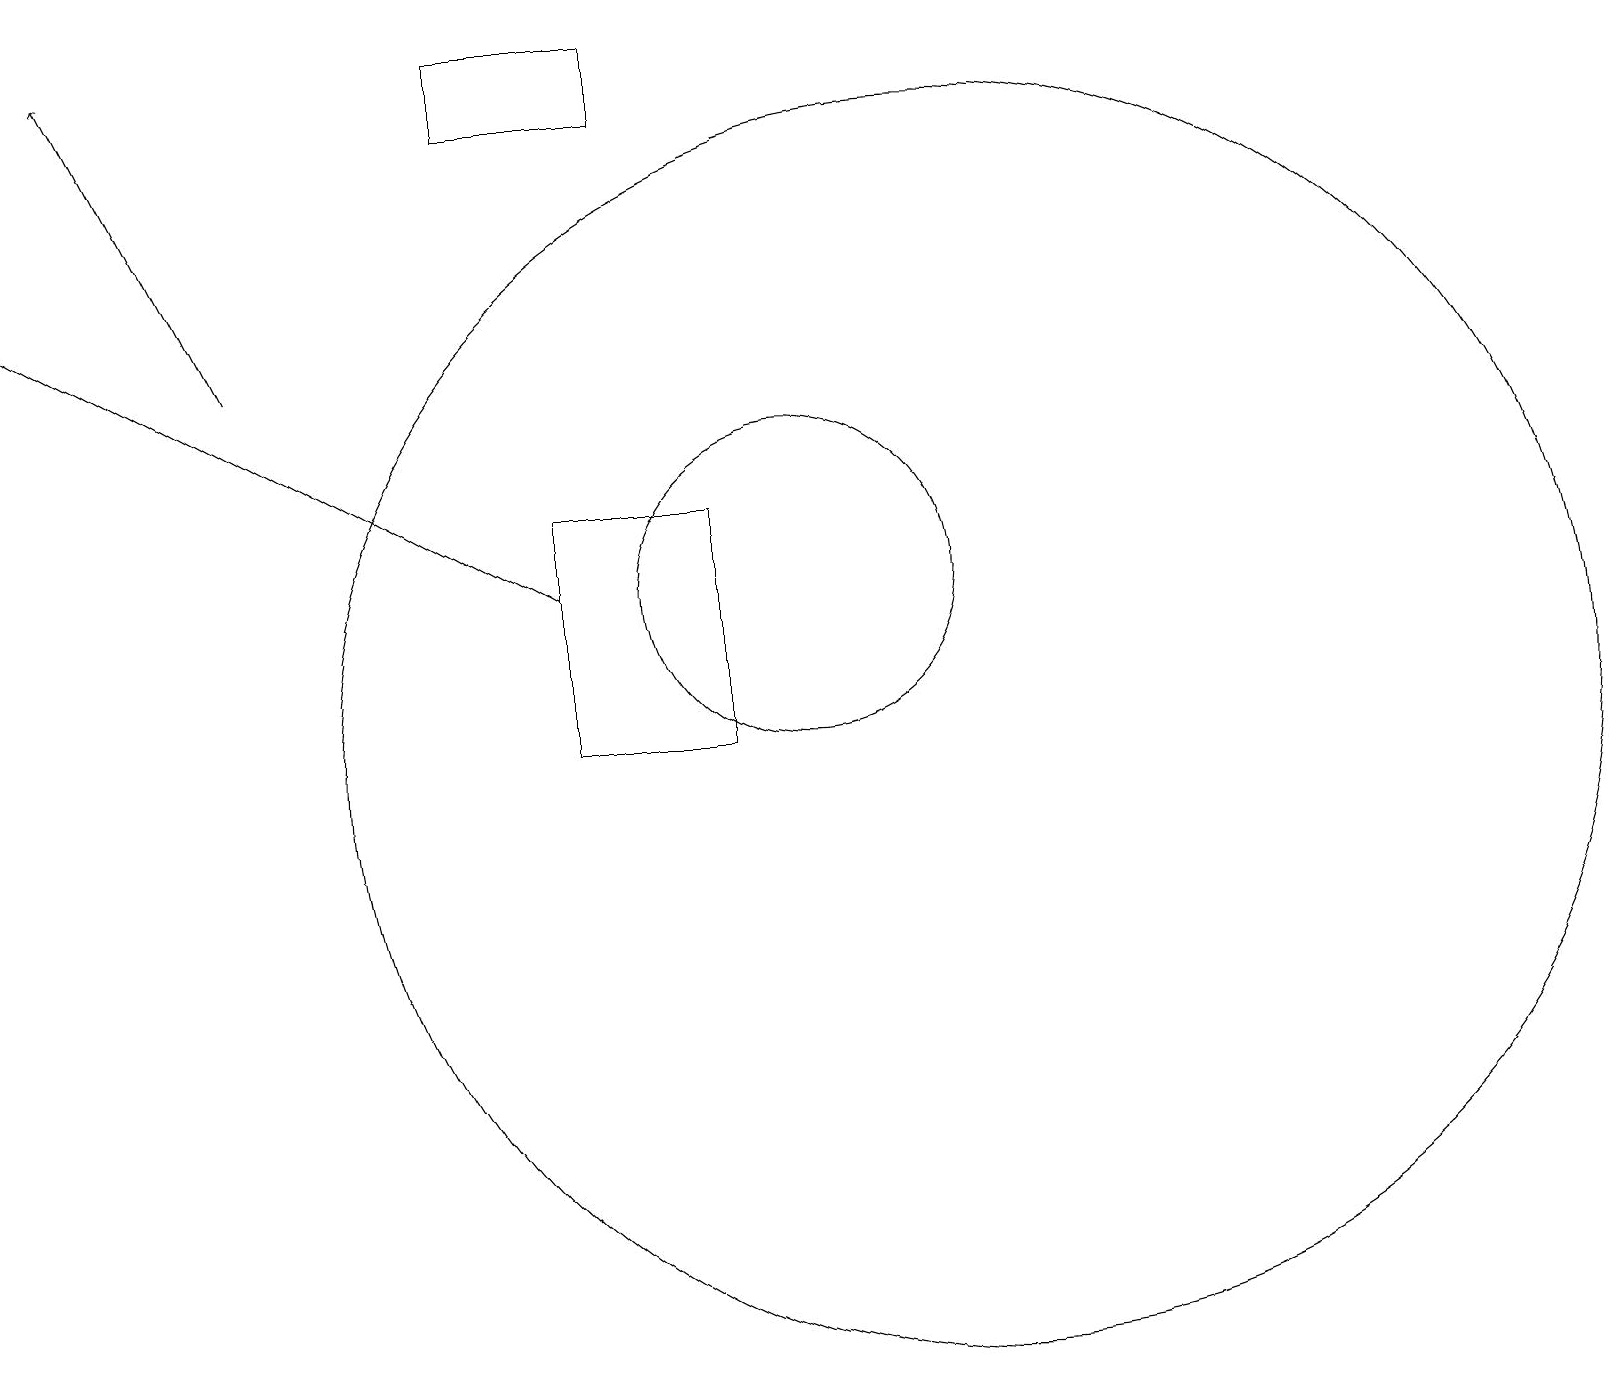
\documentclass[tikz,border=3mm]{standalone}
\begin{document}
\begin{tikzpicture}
\draw[->] (3,15) -- (1,19);
\draw (12,10) circle (8);
\draw (8,19) rectangle (6,18);
\draw[->] (7,12) -- (0,16);
\draw (10,12) circle (2);
\draw (7,13) rectangle (9,10);
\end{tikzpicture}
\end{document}